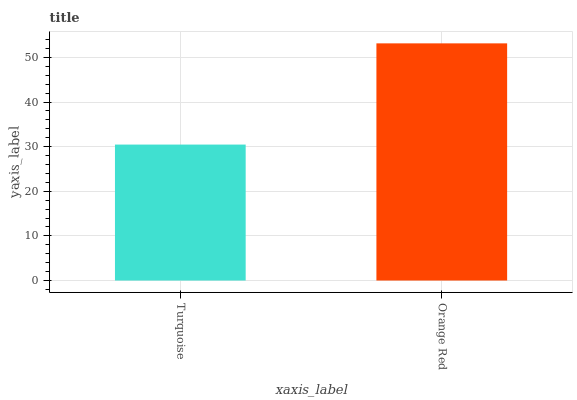
| xaxis_label | bars |
 | --- | --- |
 | Turquoise | 30.5 |
 | Orange Red | 53.2 |